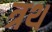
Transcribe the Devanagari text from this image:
त्रथ